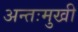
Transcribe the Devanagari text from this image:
अन्तःमुखी